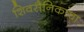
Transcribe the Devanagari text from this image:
शिवसैनिकांचा